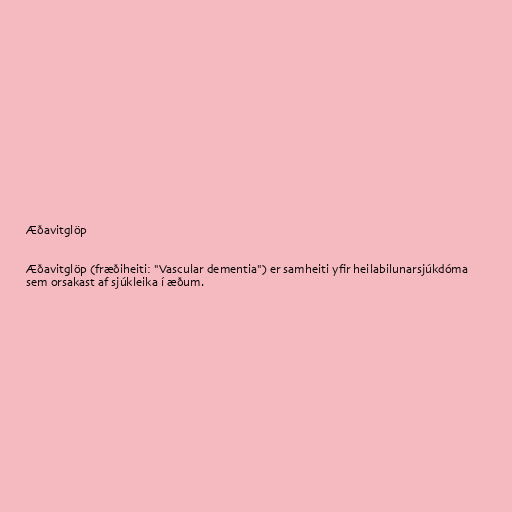
Æðavitglöp

Æðavitglöp (fræðiheiti: "Vascular dementia") er samheiti yfir heilabilunarsjúkdóma
sem orsakast af sjúkleika í æðum.